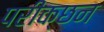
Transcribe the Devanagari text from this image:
परीक्छन